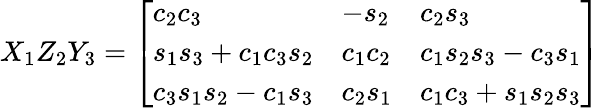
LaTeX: X_{1}Z_{2}Y_{3}={\left[\begin{array}{lll}{c_{2}c_{3}}&{-s_{2}}&{c_{2}s_{3}}\\ {s_{1}s_{3}+c_{1}c_{3}s_{2}}&{c_{1}c_{2}}&{c_{1}s_{2}s_{3}-c_{3}s_{1}}\\ {c_{3}s_{1}s_{2}-c_{1}s_{3}}&{c_{2}s_{1}}&{c_{1}c_{3}+s_{1}s_{2}s_{3}}\end{array}\right]}